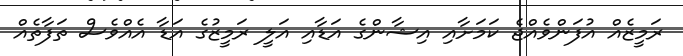
ރަމީޒެއް އުފަންވެއްޖެ ކަމަށާއި އިޝާންގެ އަޑާއި އަލީ ރަމީޒުގެ އަޑާ އެއްވެސް ތަފާތެއް